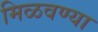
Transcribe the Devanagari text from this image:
मिळवण्या